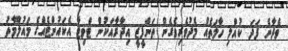
ވެދާނެ ފަދަ ކުއްލި ހާލަތެއް މެދުވެރިވެގެން ތަންފީޒީ އިދާރާއަކުން ޓްވިޓާ އެކައުންޓެއްގެ މައުލޫމާތު